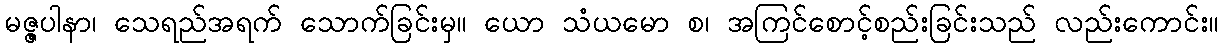
မဇ္ဇပါနာ၊ သေရည်အရက် သောက်ခြင်းမှ။ ယော သံယမော စ၊ အကြင်စောင့်စည်းခြင်းသည် လည်းကောင်း။